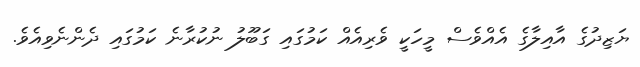
ޔަޒިދުގެ އާއިލާގެ އެއްވެސް މީހަކީ ވެރިއެއް ކަމުގައި ގަބޫލު ނުކުރާނެ ކަމުގައި ދެންނެވިއެވެ.